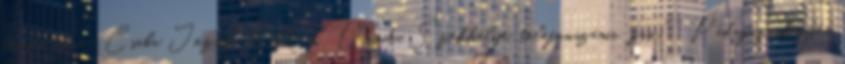
óvoda neve: Csaba József ÁMK Óvoda Székhelye, telefonszáma fax : Pedagógusképzés